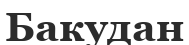
Бакудан